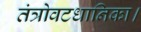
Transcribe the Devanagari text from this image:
तंत्रोवटधानिका।